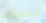
أحدثك